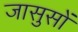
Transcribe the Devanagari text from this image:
जासुसों